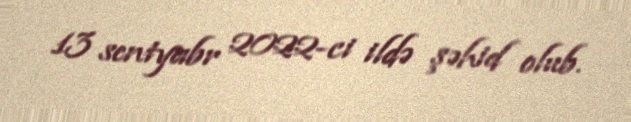
13 sentyabr 2022-ci ildə şəhid olub.